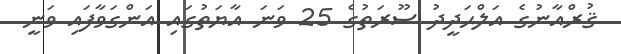
ޤުރްއާނުގެ އަލްޙަދީދު ސޫރަތުގެ 25 ވަނަ އާޔަތުގައި އަންގަވާފައި ވަނީ